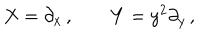
X = \partial _ { x } \, , \quad \quad Y = y ^ { 2 } \partial _ { y } \, ,